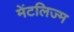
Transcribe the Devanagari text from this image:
मेंटलिज्म